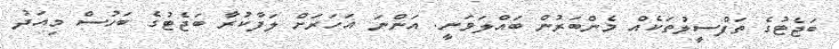
ބަޖެޓުގެ ތަފްސީލުތަކެއް މެންބަރުން ބައްލަވަނީ. އަންނަ އަހަރަށް ލަފާކުރާ ބަޖެޓުގެ ބަހުސް މިއަދު